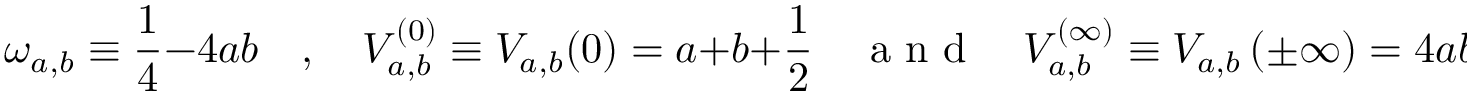
\omega _ { a , b } \equiv \frac { 1 } { 4 } - 4 a b \quad , \quad V _ { a , b } ^ { ( 0 ) } \equiv V _ { a , b } ( 0 ) = a + b + \frac { 1 } { 2 } \quad \mathrm { ~ a ~ n ~ d ~ } \quad V _ { a , b } ^ { ( \infty ) } \equiv V _ { a , b } \left( \pm \infty \right) = 4 a b + a + b + \frac { 1 } { 4 } \; .